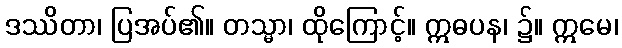
ဒဿိတာ၊ ပြအပ်၏။ တသ္မာ၊ ထိုကြောင့်။ ဣဓပန၊ ၌။ ဣမေ၊